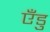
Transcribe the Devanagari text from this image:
एँडु